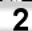
Digit: 2